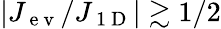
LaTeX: |J_{\mathrm{~e~v~}}/J_{\mathrm{~1~D~}}|\gtrsim 1/2